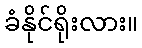
ခံနိုင်ရိုးလား။